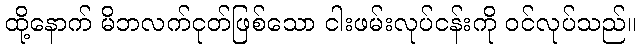
ထို့နောက် မိဘလက်ငုတ်ဖြစ်သော ငါးဖမ်းလုပ်ငန်းကို ဝင်လုပ်သည်။